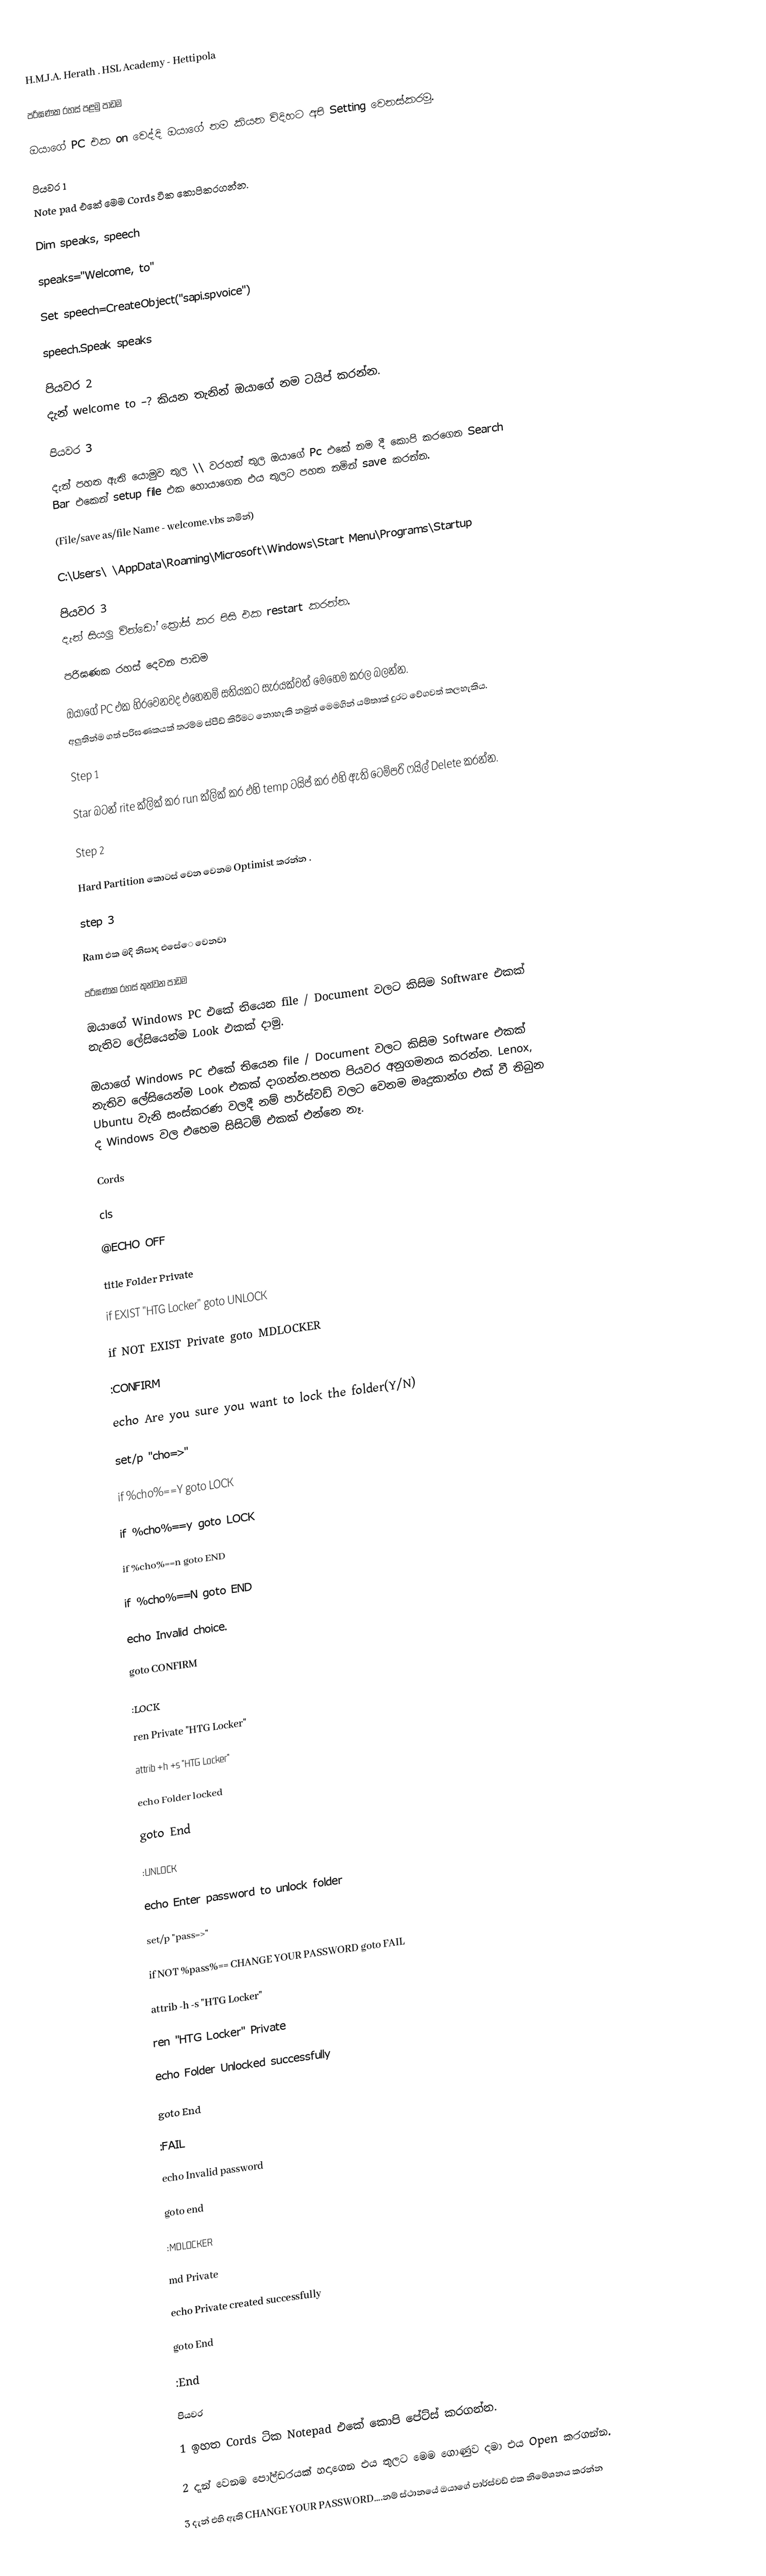
H.M.J.A. Herath . HSL Academy - Hettipola

පරිඝණක රහස් පළමු පාඩම

ඔයාගේ PC එක on වෙද්දි ඔයාගේ නම කියන විදිහට අපි Setting වෙනස්කරමු.

පියවර 1
Note pad එකේ මෙම Cords ටික කොපිකරගන්න.

Dim speaks, speech

speaks="Welcome, to"

Set speech=CreateObject("sapi.spvoice")

speech.Speak speaks

පියවර 2
දැන් welcome to –? කියන තැනින් ඔයාගේ නම ටයිප් කරන්න.

පියවර 3

දැන් පහත ඇති යොමුව තුල ‍‍\\ වරහන් තුල ඔයාගේ Pc එකේ නම දී කොපි කරගෙන Search Bar එකෙන් setup file එක හොයාගෙන එය තුලට පහත නමින් save කරන්න.

(File/save as/file Name -  welcome.vbs නමින්)

C:\Users\ \AppData\Roaming\Microsoft\Windows\Start Menu\Programs\Startup

පියවර 3
දැන් සියලු වින්ඩෝ ක්‍රෝස් කර පිසි එක restart කරන්න.

පරිඝණක රහස් දෙවන පාඩම

ඔයාගේ PC එක හිරවෙනවද එහෙනම් සතියකට සැරයක්වත් මෙහෙම කරල බලන්න.
අලුතින්ම ගත් පරිඝණකයක් තරම්ම ස්පීඩ් කිරීමට නොහැකි නමුත් මෙමගින් යම්තාක් දුරට වේගවත් කලහැකිය.

Step 1

Star බටන් rite ක්ලික් කර run ක්ලික් කර එහි temp ටයිප් කර එහි ඇති ටෙම්පරි ෆයිල් Delete කරන්න.

Step 2

Hard Partition කොටස් වෙන වෙනම Optimist කරන්න .

step 3

Ram එක මදි නිසාද එසේ‍ෙ වෙනවා

පරිඝණක රහස් තුන්වන පාඩම

ඔයාගේ Windows PC එකේ තියෙන file / Document වලට කිසිම Software එකක් නැතිව ලේසියෙන්ම Look එකක් දාමු.

ඔයාගේ Windows PC එකේ තියෙන file / Document වලට කිසිම Software එකක් නැතිව ලේසියෙන්ම Look එකක් දාගන්න.පහත පියවර අනුගමනය කරන්න. Lenox, Ubuntu වැනි සංස්කරණ වලදී නම් පාර්ස්වඩ් වලට වෙනම මෘදුකාන්ග එක් වී තිබුන ද Windows වල එහෙම සිසිටම් එකක් එන්නෙ නෑ.

Cords

cls

@ECHO OFF

title Folder Private

if EXIST "HTG Locker" goto UNLOCK

if NOT EXIST Private goto MDLOCKER

:CONFIRM

echo Are you sure you want to lock the folder(Y/N)

set/p "cho=>"

if %cho%==Y goto LOCK

if %cho%==y goto LOCK

if %cho%==n goto END

if %cho%==N goto END

echo Invalid choice.

goto CONFIRM

:LOCK

ren Private "HTG Locker"

attrib +h +s "HTG Locker"

echo Folder locked

goto End

:UNLOCK

echo Enter password to unlock folder

set/p "pass=>"

if NOT %pass%== CHANGE YOUR PASSWORD goto FAIL

attrib -h -s "HTG Locker"

ren "HTG Locker" Private

echo Folder Unlocked successfully

goto End

:FAIL

echo Invalid password

goto end

:MDLOCKER

md Private

echo Private created successfully

goto End

:End

පියවර

1 ඉහත Cords ටික Notepad එකේ කොපි පේට්ස් කරගන්න.

2 දැන් වෙනම පෝල්ඩරයක් හදාගෙන එය තුලට මෙම ගොණුව දමා එය Open කරගන්න.

3 දැන් එහි ඇති CHANGE YOUR PASSWORD....නම් ස්ථානයේ ඔයාගේ පාර්ස්වඩ් එක නිමේශනය කරන්න